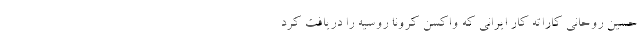
حسین روحانی کاراته کار ایرانی که واکسن کرونا روسیه را دریافت کرد